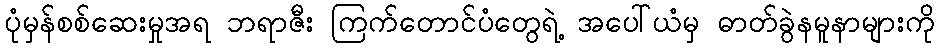
ပုံမှန်စစ်ဆေးမှုအရ ဘရာဇီး ကြက်တောင်ပံတွေရဲ့ အပေါ်ယံမှ ဓာတ်ခွဲနမူနာများကို